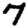
Digit: 7